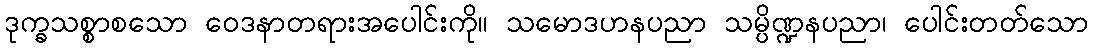
ဒုက္ခသစ္စာစသော ဝေဒနာတရားအပေါင်းကို။ သမောဒဟနပညာ သမ္ပိဏ္ဍနပညာ၊ ပေါင်းတတ်သော